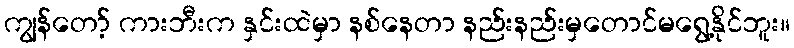
ကျွန်တော့် ကားဘီးက နှင်းထဲမှာ နစ်နေတာ နည်းနည်းမှတောင်မရွေ့နိုင်ဘူး။